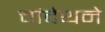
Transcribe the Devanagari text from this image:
चांदेथने